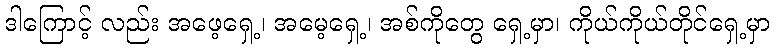
ဒါကြောင့် လည်း အဖေ့ရှေ့၊ အမေ့ရှေ့၊ အစ်ကိုတွေ ရှေ့မှာ၊ ကိုယ်ကိုယ်တိုင်ရှေ့မှာ